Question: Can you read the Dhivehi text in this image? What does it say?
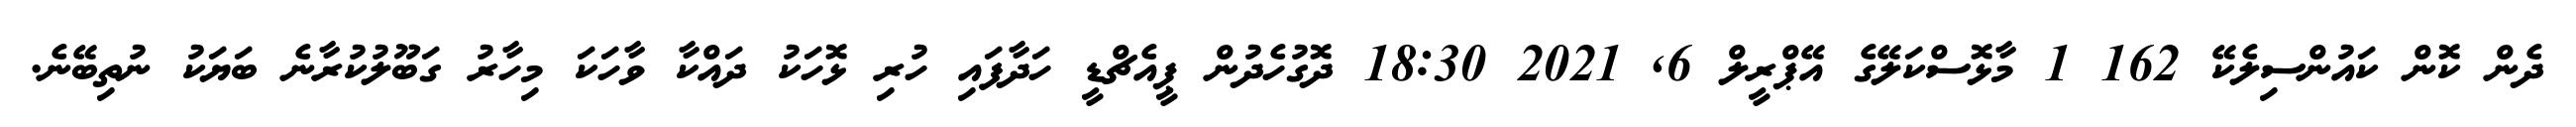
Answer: ދެން ކޮން ކައުންސިލެކޭ 162 1 މާޅޮސްކަލޭގެ އޭޕްރީލް 6, 2021 18:30 ދޮގުހެދުން ޕީއެޗްޑީ ހަދާފައި ހުރި ޅޮހަކު ދައްކާ ވާހަކަ މިހާރު ގަބޫލުކުރާނެ ބަޔަކު ނުތިބޭނެ.